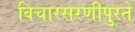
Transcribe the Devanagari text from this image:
विचारसरणीपुरते